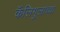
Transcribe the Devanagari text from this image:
कॅलिगुलाच्या